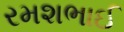
રમશભાઈ